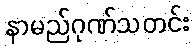
နာမည်ဂုဏ်သတင်း